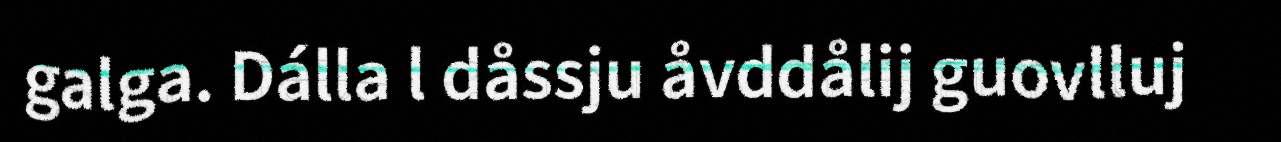
galga. Dálla l dåssju åvddålij guovlluj